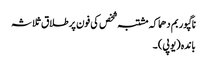
ناگپور بم دھماکہ مشتبہ شخص کی فون پر طلاق ثلاثہ
باندہ (یوپی) ۔